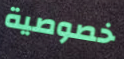
خصوصية